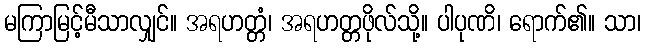
မကြာမြင့်မီသာလျှင်။ အရဟတ္တံ၊ အရဟတ္တဖိုလ်သို့။ ပါပုဏိ၊ ရောက်၏။ သာ၊